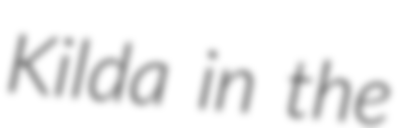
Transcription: Kilda in the